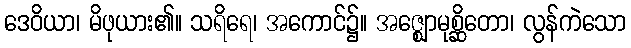
ဒေဝိယာ၊ မိဖုယား၏။ သရိရေ၊ အကောင်၌။ အဇ္ဈောမုစ္ဆိတော၊ လွန်ကဲသော